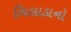
બિલાડાનો